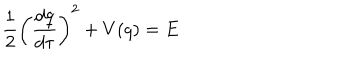
\frac { 1 } { 2 } \left( \frac { d q } { d \tau } \right) ^ { 2 } + V ( q ) = E